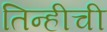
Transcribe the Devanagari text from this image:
तिन्हीची